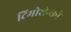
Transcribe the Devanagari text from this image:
टिमोशेन्को